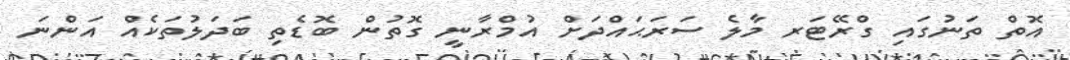
އޮތް ތަނުގައި ގްރޭޓަރ މާލެ ސަރަޙައްދަށް އުމްރާނީ ގޮތުން ބޮޑެތި ބަދަލުތަކެއް އަންނަ